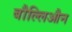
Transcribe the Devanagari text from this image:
बौल्लिऔन